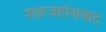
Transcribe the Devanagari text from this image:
शाहजहांनाबाद